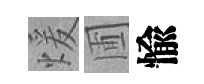
煖圃愉